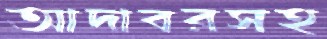
আদাবরসহ